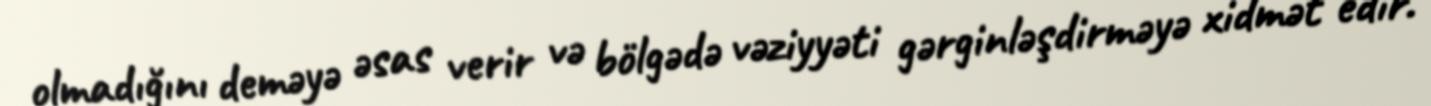
olmadığını deməyə əsas verir və bölgədə vəziyyəti gərginləşdirməyə xidmət edir.